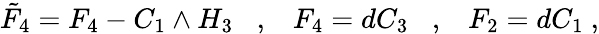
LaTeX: \tilde{F}_{4}=F_{4}-C_{1}\wedge H_{3}\; \; \; ,\; \; \; F_{4}=dC_{3}\; \; \; ,\; \; \; F_{2}=dC_{1}\ ,